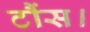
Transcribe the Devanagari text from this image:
टौंस।